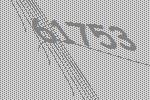
61753